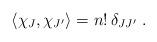
LaTeX: \begin{align*} \langle \chi_J, \chi_{J'} \rangle = n! \, \delta_{J J'} \;.\end{align*}